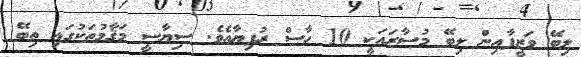
ލިބޭ ވަޒީފާއިން ލިބޭ މުސާރައަކީ 10 ހާސް ރުފިޔާއެވެ. ސިޔާސީ މަޤާމުތަކުގައި ތިބޭ